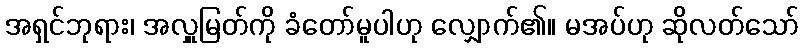
အရှင်ဘုရား၊ အလှူမြတ်ကို ခံတော်မူပါဟု လျှောက်၏။ မအပ်ဟု ဆိုလတ်သော်